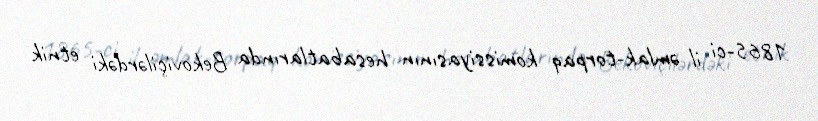
1865-ci il əmlak-torpaq komissiyasının hesabatlarında Bekoviçilərdəki etnik